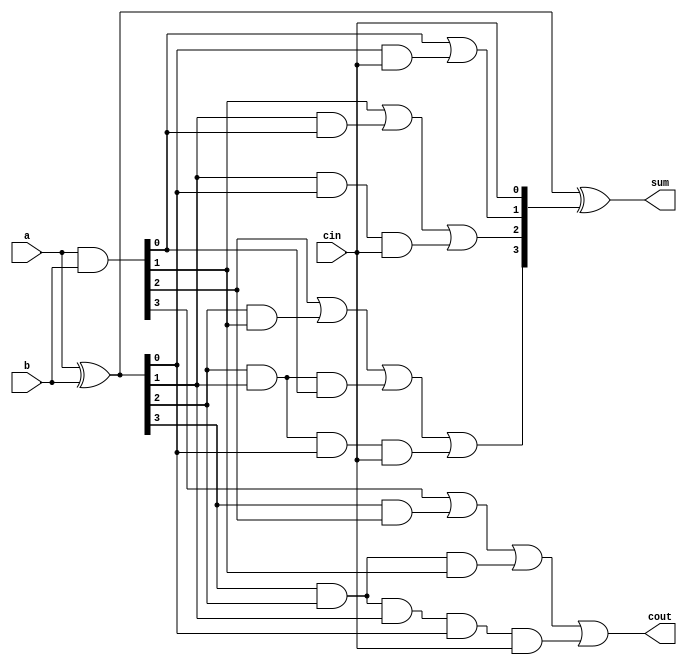
module carry_look_ahead_4bits(a,b, cin, sum,cout);
input [3:0] a,b;
input cin;
output [3:0] sum;
output cout;
 
wire [3:0] p,g,c;
 
assign p=a^b;//propagate
assign g=a&b; //generate
 
assign c[0]=cin;
assign c[1]= g[0]|(p[0]&c[0]);
assign c[2]= g[1] | (p[1]&g[0]) | p[1]&p[0]&c[0];
assign c[3]= g[2] | (p[2]&g[1]) | p[2]&p[1]&g[0] | p[2]&p[1]&p[0]&c[0];
assign cout= g[3] | (p[3]&g[2]) | p[3]&p[2]&g[1] | p[3]&p[2]&p[1]&p[0]&c[0];
assign sum=p^c;
 
endmodule